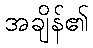
အချိန်၏